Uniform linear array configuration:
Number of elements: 8
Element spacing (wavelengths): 0.5
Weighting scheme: hann
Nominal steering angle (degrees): -45
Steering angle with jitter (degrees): -46.059
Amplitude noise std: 0.05
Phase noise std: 0.05

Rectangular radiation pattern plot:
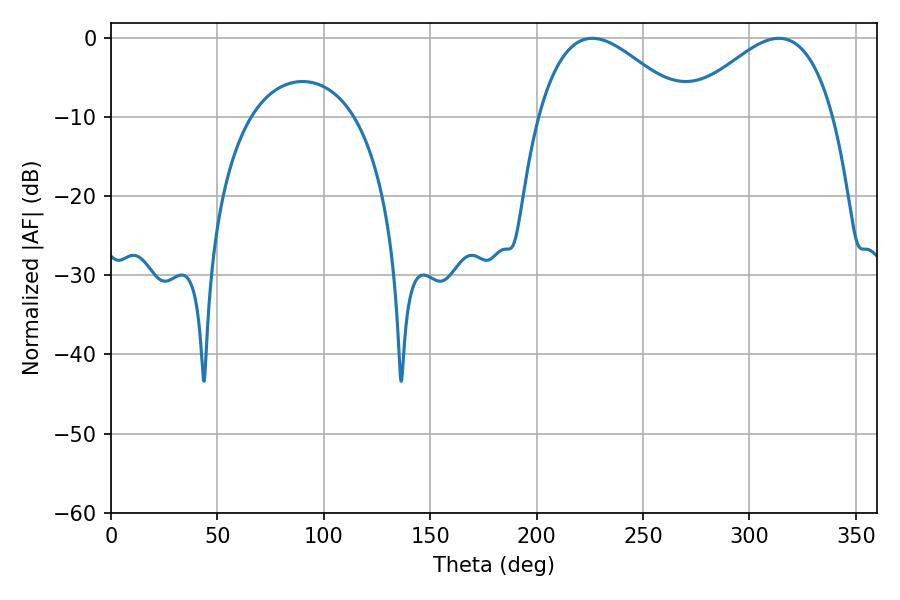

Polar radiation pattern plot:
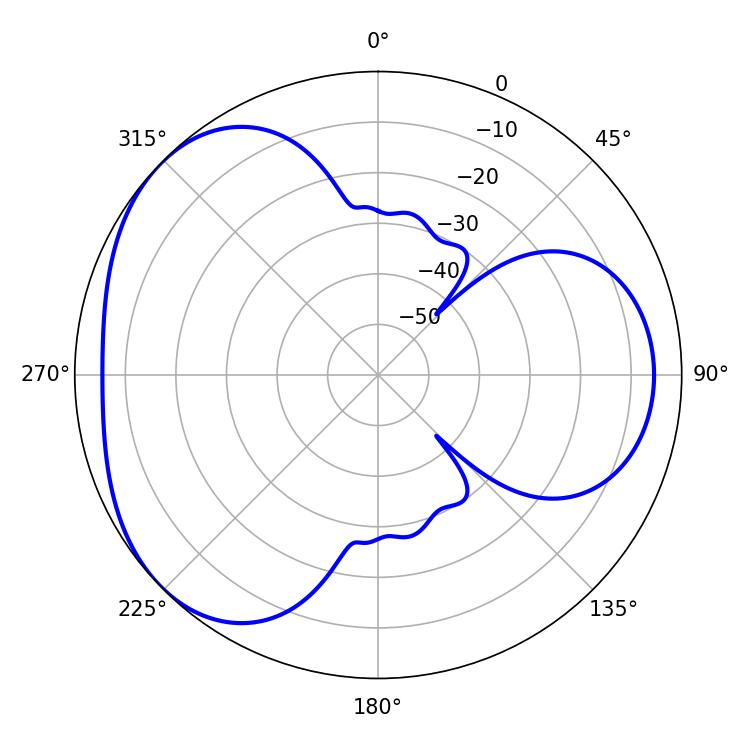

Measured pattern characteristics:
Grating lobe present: FALSE
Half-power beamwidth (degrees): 37.62
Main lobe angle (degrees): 226.08